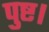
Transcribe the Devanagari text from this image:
पुष्ट।